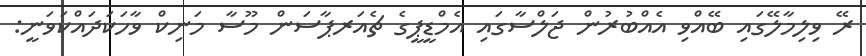
ރޭ ވިލިމާލޭގައި ބޭއްވި އެއްބުރުން ޖަލްސާގައި އެމްޑީޕީގެ ޗެއަރޕާސަން މޫސާ މަނިކް ވާހަކަދައްކަވަނީ: